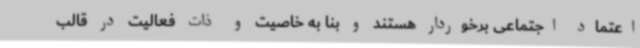
اعتماد اجتماعی برخوردار هستند و بنا به خاصیت و ذات فعالیت در قالب